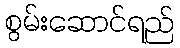
စွမ်းဆောင်ရည်